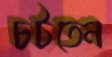
চটতেন